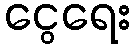
ငွေရေး